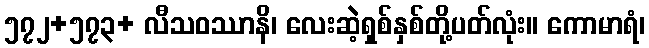
၅၇၂+၅၇၃+ လီသဝဿာနိ၊ လေးဆဲ့ရှစ်နှစ်တို့ပတ်လုံး။ ကောမာရံ၊